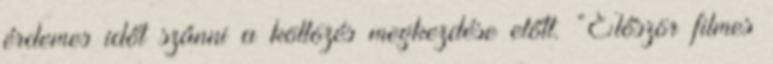
érdemes időt szánni a költözés megkezdése előtt. “Először filmes